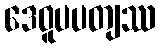
ဒေဝူပပတျဿ